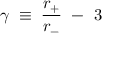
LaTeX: \gamma \; \equiv \; \frac { r _ { + } } { r _ { - } } ~ - ~ 3 \;